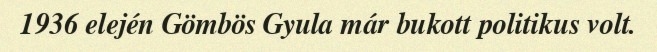
1936 elején Gömbös Gyula már bukott politikus volt.